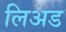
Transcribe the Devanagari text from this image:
लिअड